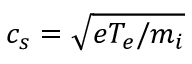
c _ { s } = \sqrt { e T _ { e } / m _ { i } }